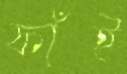
ফাঁই